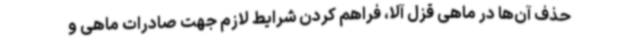
حذف آن‌ها در ماهی قزل آلا، فراهم کردن شرایط لازم جهت صادرات ماهی و